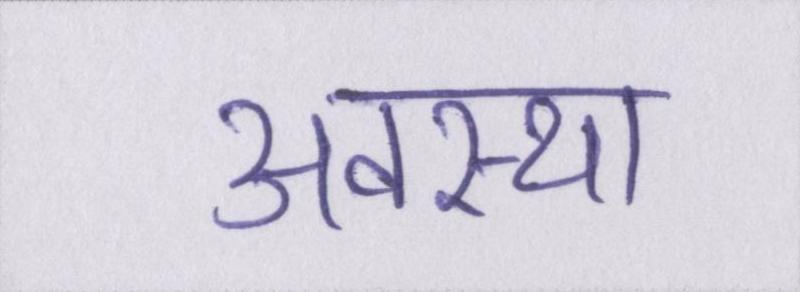
अवस्था